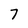
Character: 7